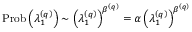
\operatorname { P r o b } \left( \lambda _ { 1 } ^ { \left( q \right) } \right) \sim \left( \lambda _ { 1 } ^ { \left( q \right) } \right) ^ { \beta ^ { \left( q \right) } } = \alpha \left( \lambda _ { 1 } ^ { \left( q \right) } \right) ^ { \beta ^ { \left( q \right) } }